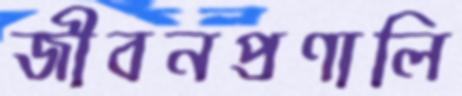
জীবনপ্রণালি